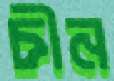
চীন